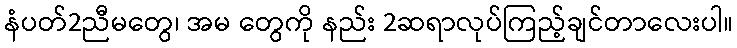
နံပတ်2ညီမတွေ၊ အမ တွေကို နည်း 2ဆရာလုပ်ကြည့်ချင်တာလေးပါ။